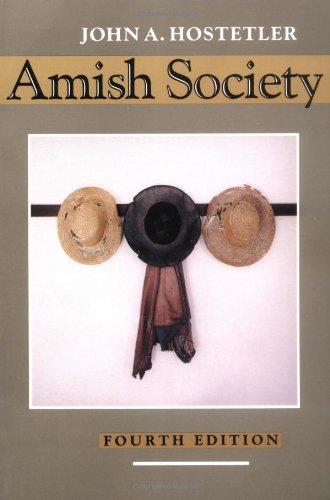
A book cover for Amish Society; John A. Hostetler; Politics & Social Sciences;